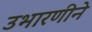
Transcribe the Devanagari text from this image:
उभारणीने